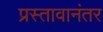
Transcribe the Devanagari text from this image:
प्रस्तावानंतर